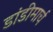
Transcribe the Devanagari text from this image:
डांडीमार्च